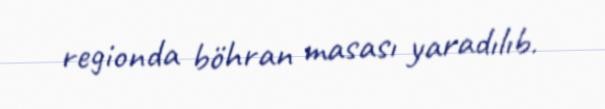
regionda böhran masası yaradılıb.